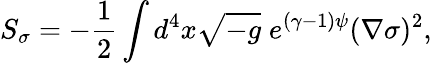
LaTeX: S_{\sigma}=-\frac{1}{2}\int d^{4}x\sqrt{-g}\; e^{(\gamma-1)\psi}(\nabla\sigma)^{2},